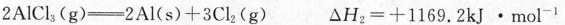
$$2 A l C l _ { 3 } ( g ) = 2 A l ( s ) + 3 C l _ { 2 } ( g )$$ $$△ H _ { 2 } = + 1 1 6 9 . 2 k J · m o l ^ { - 1 }$$